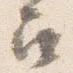
召